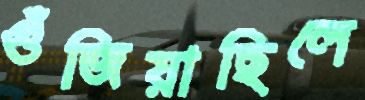
গুঁজিয়াছিলে